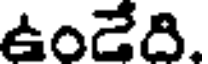
ఉండేది.